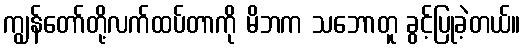
ကျွန်တော်တို့လက်ထပ်တာကို မိဘက သဘောတူ ခွင့်ပြုခဲ့တယ်။